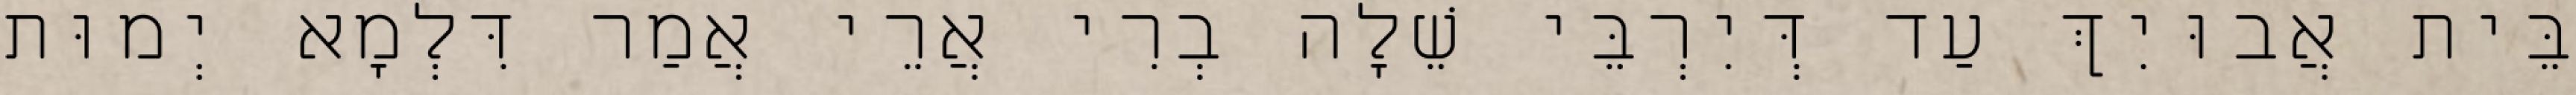
בֵּית אֲבוּיִךְ עַד דְּיִרְבֵּי שֵׁלָה בְרִי אֲרֵי אֲמַר דִּלְמָא יְמוּת